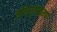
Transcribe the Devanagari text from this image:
जीवाणुसंक्रमण